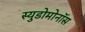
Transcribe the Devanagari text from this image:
स्युडोमोनॉस